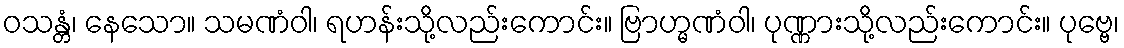
ဝသန္တံ၊ နေသော။ သမဏံဝါ၊ ရဟန်းသို့လည်းကောင်း။ ဗြာဟ္မဏံဝါ၊ ပုဏ္ဏားသို့လည်းကောင်း။ ပုဗ္ဗေ၊